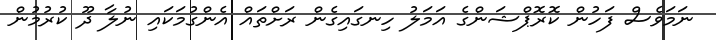
ނަމަވެސް ފަހުން ކޮރޮޕްޝަންގެ އަމަލު ހިނގައިގެން ރަށްތައް އެންގުމަކައި ނުލާ ދޫ ކުރުމުން